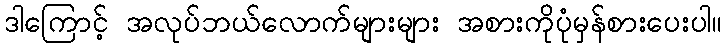
ဒါကြောင့် အလုပ်ဘယ်လောက်များများ အစားကိုပုံမှန်စားပေးပါ။